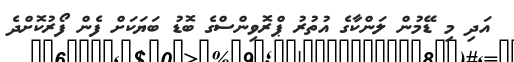
އަދި މި ޑޭމުން ލަންކާގެ އުތުރު ޕްރޮވިންސްގެ ބޮޑު ބަޔަކަށް ފެން ފޯރުކޮށްދެ